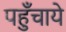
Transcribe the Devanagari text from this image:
पहुँचाये